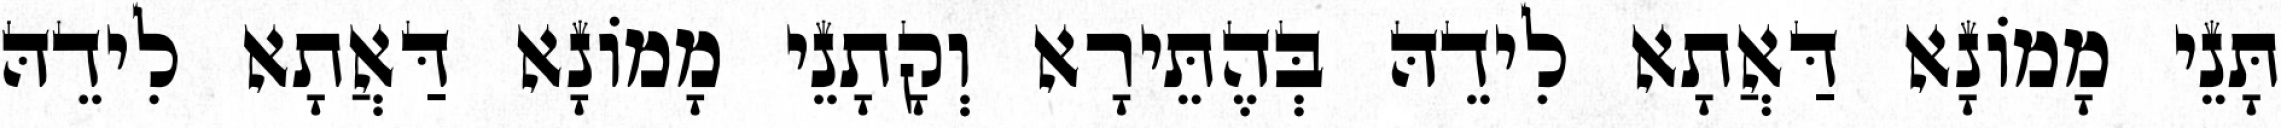
תָּנֵי מָמוֹנָא דַּאֲתָא לִידֵהּ בְּהֶתֵּירָא וְקָתָנֵי מָמוֹנָא דַּאֲתָא לִידֵהּ